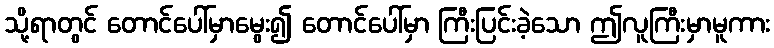
သို့ရာတွင် တောင်ပေါ်မှာမွေး၍ တောင်ပေါ်မှာ ကြီးပြင်းခဲ့သော ဤလူကြီးမှာမူကား